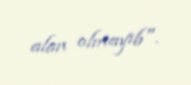
alan olmayıb".